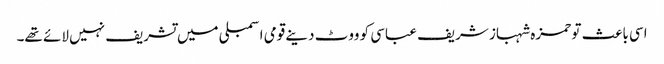
اسی باعث تو حمزہ شہباز شریف عباسی کو ووٹ دینے قومی اسمبلی میں تشریف نہیں لائے تھے۔